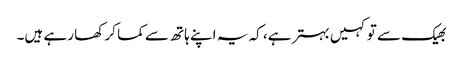
بھیک سے تو کہیں بہتر ہے، کہ یہ اپنے ہاتھ سے کما کر کھا رہے ہیں۔